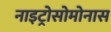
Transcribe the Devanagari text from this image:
नाइट्रोसोमोनास